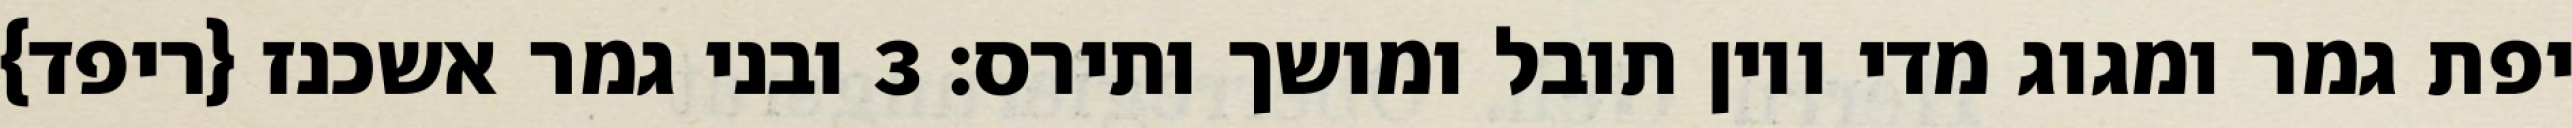
יפת גמר ומגוג מדי ויון תובל ומושך ותירס׃ ‎3‏ ובני גמר אשכנז {ריפד}